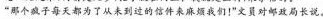
“那个疯子每天都为了从未到过的信件来麻烦我们！”文员对邮政局长说。